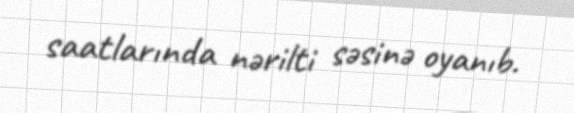
saatlarında nərilti səsinə oyanıb.